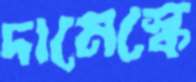
দামেস্কে